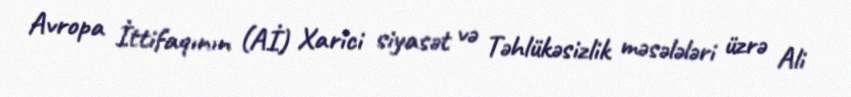
Avropa İttifaqının (Aİ) Xarici siyasət və Təhlükəsizlik məsələləri üzrə Ali